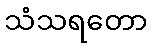
သံသရတော